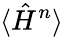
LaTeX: \langle\hat{H}^{n}\rangle